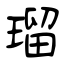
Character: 瑠